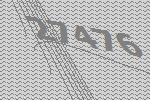
27476